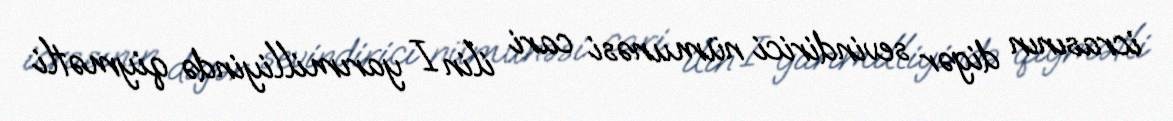
icrasının digər sevindirici nümunəsi cari ilin I yarımilliyində qiymətli